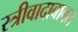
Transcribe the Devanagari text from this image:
स्त्रीवादाबाबत